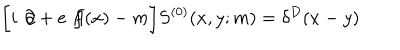
\biggl [ i \not { \! \partial } + e \not { \! \! A ( x ) } - m \biggr ] S ^ { ( 0 ) } ( x , y ; m ) = \delta ^ { D } ( x - y )